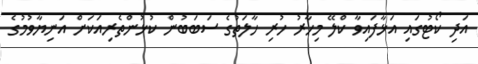
އަދި ކޯޓުގައި އަޅާފައިވާ ކްލޭ މިހާރު ހުރި ހާލަތުގެ ސަބަބުން ކުޅުންތެރިއަކަށް އަނިޔާވުމުގެ